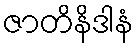
ဇာတိနိဒါနံ